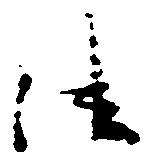
法